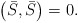
\begin{align*}\left( \bar{S},\bar{S}\right) =0. \end{align*}